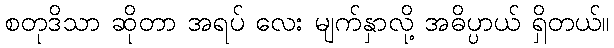
စတုဒိသာ ဆိုတာ အရပ် လေး မျက်နှာလို့ အဓိပ္ပာယ် ရှိတယ်။